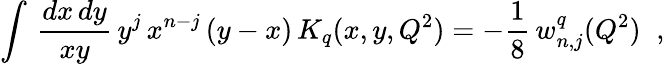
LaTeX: \int\, {\frac{dx\, dy}{xy}}\, y^{j}\, x^{n-j}\, (y-x)\, K_{q}(x,y,Q^{2})=-{\frac{1}{8}}\, w_{n,j}^{q}(Q^{2})\; \; ,